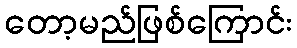
တော့မည်ဖြစ်ကြောင်း